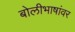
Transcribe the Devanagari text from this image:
बोलीभाषांवर